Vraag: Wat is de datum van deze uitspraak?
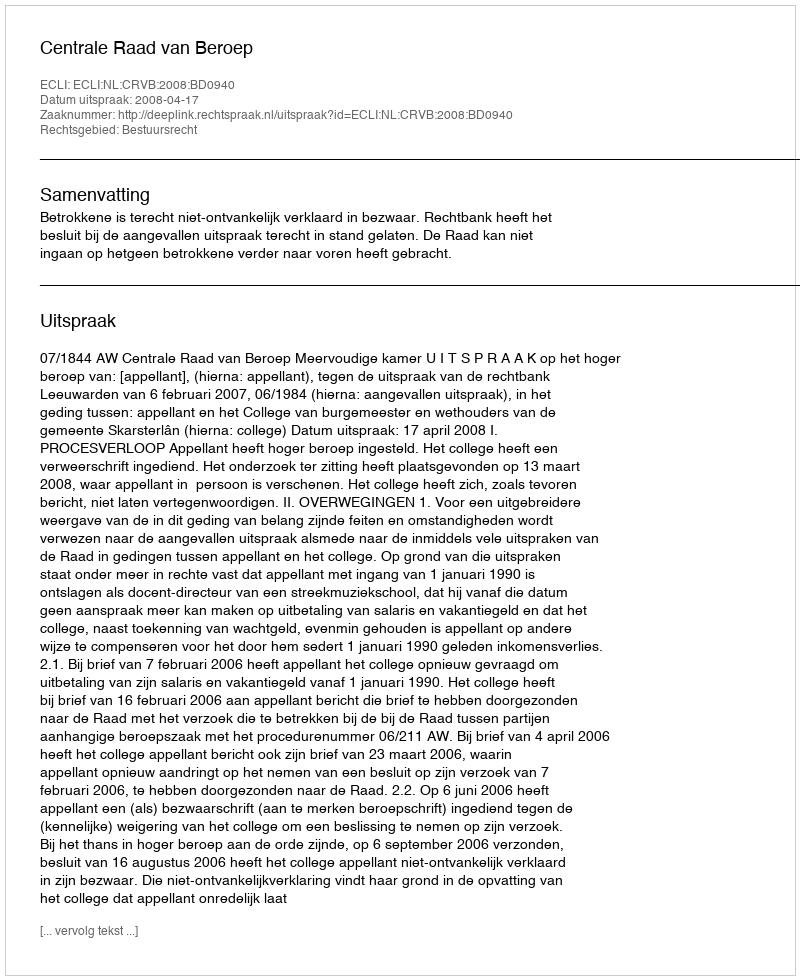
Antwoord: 2008-04-17